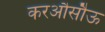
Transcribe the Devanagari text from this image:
करऔसौऊ